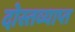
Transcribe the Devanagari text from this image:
दोस्तव्याप्त